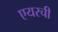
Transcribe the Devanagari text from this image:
एयरची